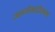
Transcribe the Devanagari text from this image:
आर्यभटीयम